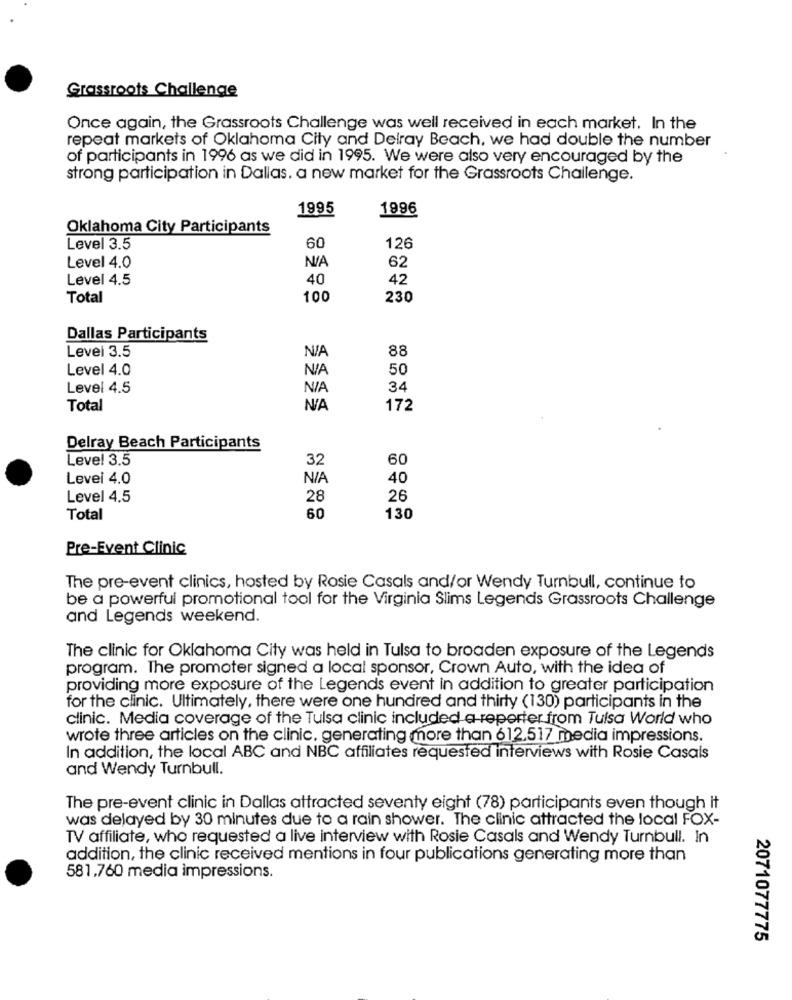
Grassroots Challenge
Once again, the Grassroots Challenge was well received in each market. In the
repeat markets of Oklahoma City and Delray Beach, we had double the number
of participants in 1996 as we did in 1995. We were also very encouraged by the
strong participation in Dallas. a new market for the Grassroots Challenge.
1995
1996
Oklahoma City Participants
Level 3.5
60
126
Level 4.0
62
Level 4.5
40
42
Total
100
230
Dallas Participants
Level 3.5
88
Level 4.0
50
Level 4.5
34
Total
172
Delray Beach Participants
Level 3.5
32
60
Levei 4.0
40
Level 4.5
28
26
Total
60
130
Pre-Event Clinic
The pre-event clinics, hosted by Rosie Casals and/or Wendy Turnbull, continue to
be a powerful promotional tool for the Virginia Slims Legends Grassroots Challenge
and Legends weekend.
The clinic for Oklahoma City was held in Tulsa to broaden exposure of the Legends
program. The promoter signed a local sponsor, Crown Auto, with the idea of
providing more exposure of the Legends event in addition to greater participation
for the clinic. Ultimately, there were one hundred and thirty (130) participants in the
clinic. Media coverage of the Tulsa clinic included a reporter from Tulsa World who
wrote three articles on the clinic, generating more than 612.517 media impressions.
In addition, the local ABC and NBC affiliates requested interviews with Rosie Casals
and Wendy Turnbull.
The pre-event clinic in Dallas attracted seventy eight (78) participants even though it
was delayed by 30 minutes due to a rain shower. The clinic attracted the local FOX-
TV affiliate, who requested a live interview with Rosie Casals and Wendy Turnbull. In
addition, the clinic received mentions in four publications generating more than
581,760 media impressions.
2071077775